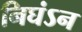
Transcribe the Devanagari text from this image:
निघंऽन